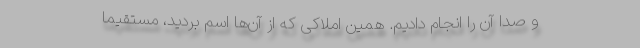
و صدا آن را انجام دادیم. همین املاکی که از آن‌ها اسم بردید، مستقیما